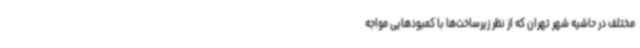
مختلف در حاشیه شهر تهران که از نظر زیرساخت‌ها با کمبودهایی مواجه